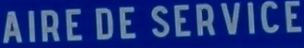
AIRE DE SERVICE